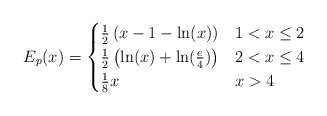
\begin{align*}E_p(x) = \begin{cases}\frac{1}{2}\left(x-1-\ln (x)\right) & 1<x\leq 2 \\\frac{1}{2}\left(\ln(x)+\ln(\frac{e}{4}) \right) & 2<x\leq 4 \\\frac{1}{8}x & x>4 \\\end{cases}\end{align*}